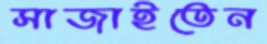
সাজাইতেন